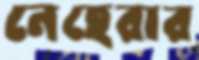
নেহেরার